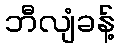
ဘီလျံခန့်